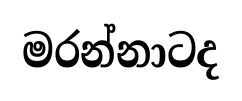
මරන්නාටද